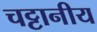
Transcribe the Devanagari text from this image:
चट्टानीय